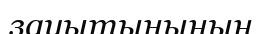
зауытыныңың